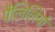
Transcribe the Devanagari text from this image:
पैलिलियों